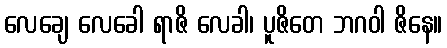
လေချေ လေခေါ ရာဇိ လေခါ၊ ပူဇိတေ ဘဂဝါ ဇိနေ။